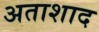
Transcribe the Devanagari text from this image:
अताशाद